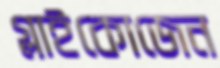
গ্লাইকোজেন